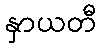
နှာယတီ